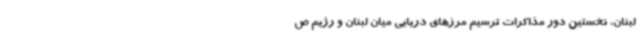
لبنان، نخستین دور مذاکرات ترسیم مرزهای دریایی میان لبنان و رژیم ص